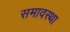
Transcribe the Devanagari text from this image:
समावस्था